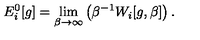
E _ { i } ^ { 0 } [ g ] = \lim _ { \beta \rightarrow \infty } \left( \beta ^ { - 1 } W _ { i } [ g , \beta ] \right) .